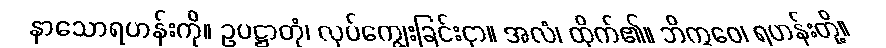
နာသောရဟန်းကို။ ဥပဋ္ဌာတုံ၊ လုပ်ကျွေးခြင်းငှာ။ အလံ၊ ထိုက်၏။ ဘိက္ခဝေ၊ ရဟန်းတို့။